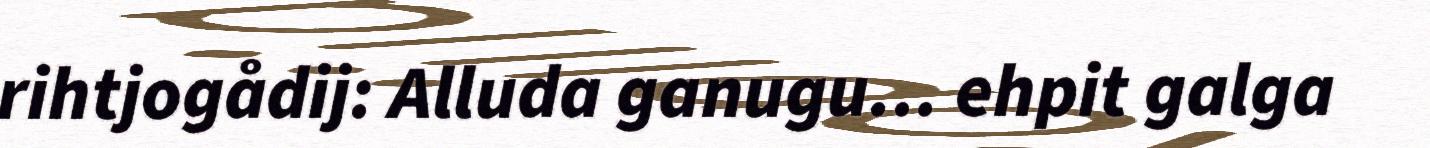
rihtjogådij: Alluda ganugu... ehpit galga